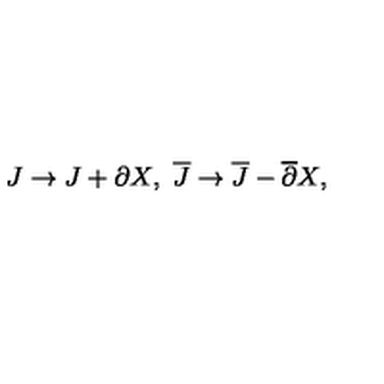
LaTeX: J \to J + \partial X , \ { \overline { J } } \to { \overline { J } } - { \overline { \partial } } X ,